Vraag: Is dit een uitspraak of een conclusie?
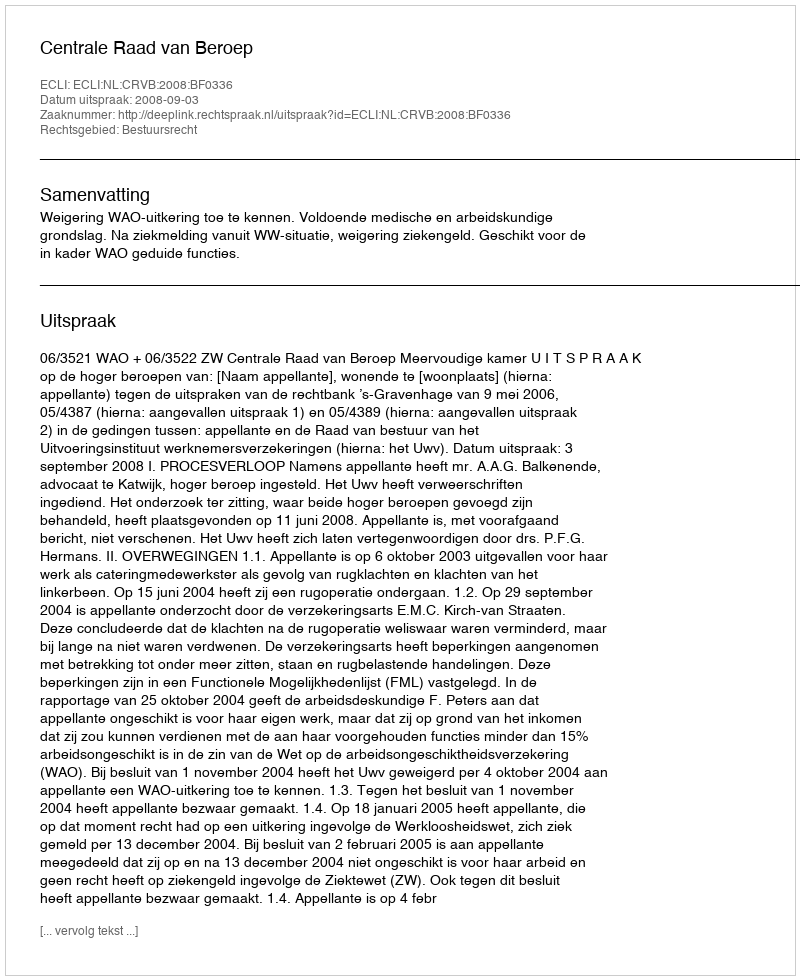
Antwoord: Uitspraak